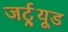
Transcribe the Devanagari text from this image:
जर्ट्र्यूड